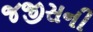
જજીસની